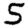
Digit: 5